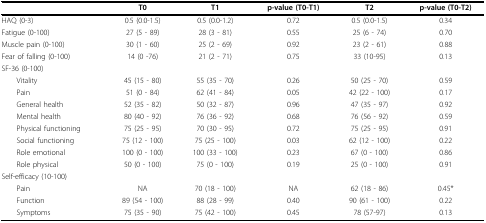
<table><thead><tr><td></td><td><b>T0</b></td><td><b>T1</b></td><td><b>p-value (T0-T1)</b></td><td><b>T2</b></td><td><b>p-value (T0-T2)</b></td></tr></thead><tbody><tr><td>HAQ (0-3)</td><td>0.5 (0.0-1.5)</td><td>0.5 (0.0-1.2)</td><td>0.72</td><td>0.5 (0.0-1.5)</td><td>0.34</td></tr><tr><td>Fatigue (0-100)</td><td>27 (5 - 89)</td><td>28 (3 - 81)</td><td>0.55</td><td>25 (6 - 74)</td><td>0.70</td></tr><tr><td>Muscle pain (0-100)</td><td>30 (1 - 60)</td><td>25 (2 - 69)</td><td>0.92</td><td>23 (2 - 61)</td><td>0.88</td></tr><tr><td>Fear of falling (0-100)</td><td>14 (0 -76)</td><td>21 (2 - 71)</td><td>0.75</td><td>33 (10-95)</td><td>0.13</td></tr><tr><td>SF-36 (0-100)</td><td></td><td></td><td></td><td></td><td></td></tr><tr><td> Vitality</td><td>45 (15 - 80)</td><td>55 (35 - 70)</td><td>0.26</td><td>50 (25 - 70)</td><td>0.59</td></tr><tr><td> Pain</td><td>51 (0 - 84)</td><td>62 (41 - 84)</td><td>0.05</td><td>42 (22 - 100)</td><td>0.17</td></tr><tr><td> General health</td><td>52 (35 - 82)</td><td>50 (32 - 87)</td><td>0.96</td><td>47 (35 - 97)</td><td>0.92</td></tr><tr><td> Mental health</td><td>80 (40 - 92)</td><td>76 (36 - 92)</td><td>0.68</td><td>76 (56 - 92)</td><td>0.59</td></tr><tr><td> Physical functioning</td><td>75 (25 - 95)</td><td>70 (30 - 95)</td><td>0.72</td><td>75 (25 - 95)</td><td>0.91</td></tr><tr><td> Social functioning</td><td>75 (12 - 100)</td><td>75 (25 - 100)</td><td>0.03</td><td>62 (12 - 100)</td><td>0.22</td></tr><tr><td> Role emotional</td><td>100 (0 - 100)</td><td>100 (33 - 100)</td><td>0.23</td><td>67 (0 - 100)</td><td>0.86</td></tr><tr><td> Role physical</td><td>50 (0 - 100)</td><td>75 (0 - 100)</td><td>0.19</td><td>25 (0 - 100)</td><td>0.91</td></tr><tr><td>Self-efficacy (10-100)</td><td></td><td></td><td></td><td></td><td></td></tr><tr><td> Pain</td><td>NA</td><td>70 (18 - 100)</td><td>NA</td><td>62 (18 - 86)</td><td>0.45*</td></tr><tr><td> Function</td><td>89 (54 - 100)</td><td>88 (28 - 99)</td><td>0.40</td><td>90 (61 - 100)</td><td>0.22</td></tr><tr><td> Symptoms</td><td>75 (35 - 90)</td><td>75 (42 - 100)</td><td>0.45</td><td>78 (57-97)</td><td>0.13</td></tr></tbody></table>